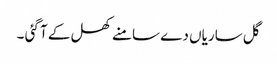
گل ساریاں دے سامنے کھل کے آ گئی ۔